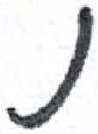
אות: נ